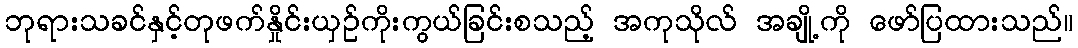
ဘုရားသခင်နှင့်တုဖက်နှိုင်းယှဉ်ကိုးကွယ်ခြင်းစသည့် အကုသိုလ် အချို့ကို ဖော်ပြထားသည်။